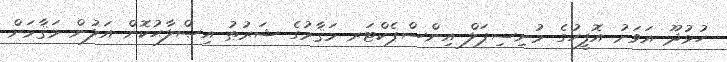
ހުޅުދޫ އަވަށު އޮފީހުގެ މުނިސިޕަލް އިންސްޕެކްޓަރ މަޤާމުގެ ޝަރުޠު އިޞްލާޙުކޮށް އަލުން މަޤާމަށް